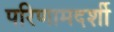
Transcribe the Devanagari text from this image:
परिणामदर्शी